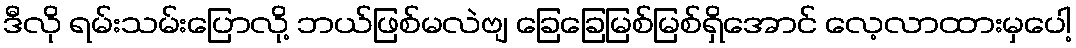
ဒီလို ရမ်းသမ်းပြောလို့ ဘယ်ဖြစ်မလဲဗျ ခြေခြေမြစ်မြစ်ရှိအောင် လေ့လာထားမှပေါ့